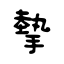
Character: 摰